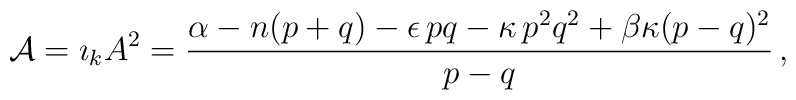
{\cal A} = {\imath}_k A^2 = \frac{\alpha - n (p+ q) - \epsilon \, p q -\kappa \, p^2 q^2+\beta \kappa (p-q)^2}{p-q}\,,